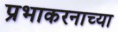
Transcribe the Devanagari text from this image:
प्रभाकरनाच्या